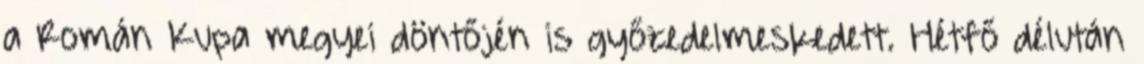
a Román Kupa megyei döntőjén is győzedelmeskedett. Hétfő délután